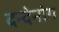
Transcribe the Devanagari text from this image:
दन्देनोग